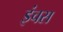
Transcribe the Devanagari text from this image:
इंचस